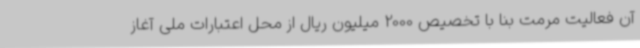
آن فعالیت مرمت بنا با تخصیص 2000 میلیون ریال از محل اعتبارات ملی آغاز